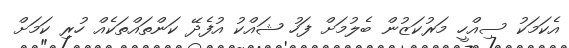
އެކަމަކު ސިއްހީ މަރުކަޒުން ބެލުމަށް ފަހު ޝައްކު އުފެދޭ ކަންތައްތަކެއް ހުރި ކަަމަށް